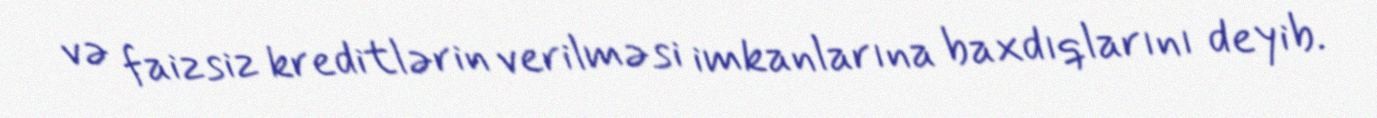
və faizsiz kreditlərin verilməsi imkanlarına baxdıqlarını deyib.